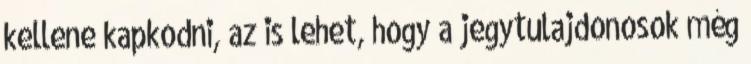
kellene kapkodni, az is lehet, hogy a jegytulajdonosok még